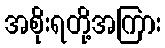
အစိုးရတို့အကြား